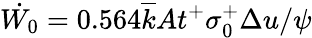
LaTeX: \dot{W_{0}}=0.564\overline{{k}}At^{+}\sigma_{0}^{+}\Delta u/\psi